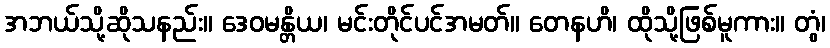
အဘယ်သို့ဆိုသနည်း။ ဒေဝမန္တိယ၊ မင်းတိုင်ပင်အမတ်။ တေနဟိ၊ ထိုသို့ဖြစ်မူကား။ တွံ၊